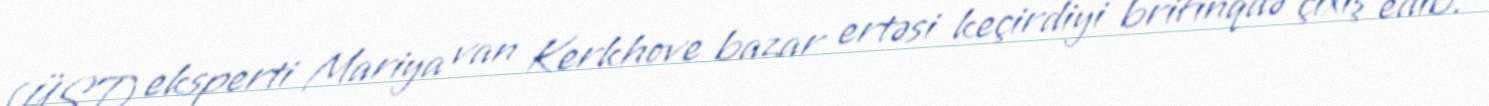
(ÜST) eksperti Mariya van Kerkhove bazar ertəsi keçirdiyi brifinqdə çıxış edib.